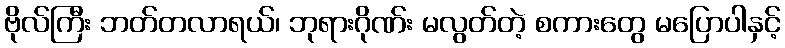
ဗိုလ်ကြီး ဘတ်တလာရယ်၊ ဘုရားဂိုဏ်း မလွတ်တဲ့ စကားတွေ မပြောပါနှင့်